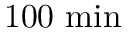
1 0 0 \ \mathrm { m i n }